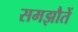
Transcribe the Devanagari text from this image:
समझौतें